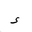
Letter: _hamza